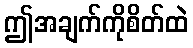
ဤအချက်ကိုစိတ်ထဲ